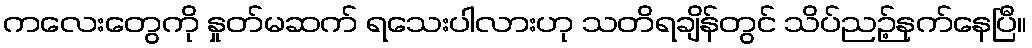
ကလေးတွေကို နှုတ်မဆက် ရသေးပါလားဟု သတိရချိန်တွင် သိပ်ညဉ့်နက်နေပြီ။